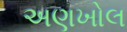
અણખોલ